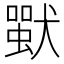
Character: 𤡴